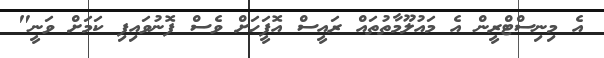
އެ މިނިސްޓްރީން އެ މައުލޫމާތުތައް ރައީސް އޮފީަހަށް ވެސް ފޮނުވައިފި ކަމަށް ވަނީ"